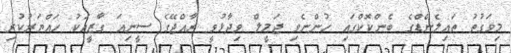
މިވަގުތު ތައިލެންޑްގެ ބެންކޮކްގައި ހުންނެވި ޖަމީލް ވިދާޅުވީ ރާއްޖޭގެ ސީނިއަ ގާޒީއަކު ހައްޔަރުކުރި